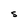
Character: S